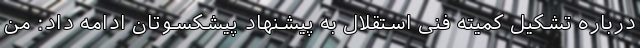
درباره تشکیل کمیته فنی استقلال به پیشنهاد پیشکسوتان ادامه داد: من